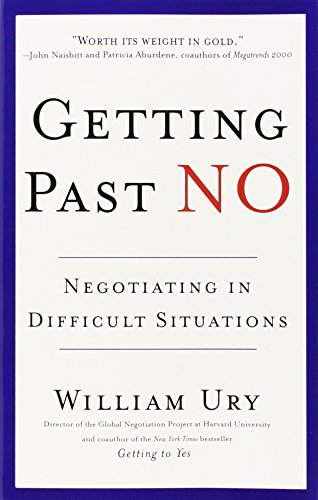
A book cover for Getting Past No: Negotiating in Difficult Situations; William Ury; Business & Money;